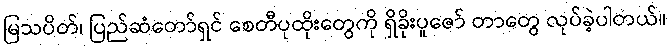
မြသပိတ်၊ ပြည်ဆံတော်ရှင် စေတီပုထိုးတွေကို ရှိခိုးပူဇော် တာတွေ လုပ်ခဲ့ပါတယ်။